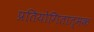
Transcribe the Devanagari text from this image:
प्रतियोगितात्मक